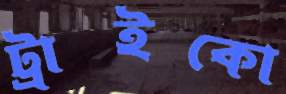
ট্রাইকো